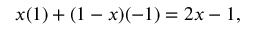
x ( 1 ) + ( 1 - x ) ( - 1 ) = 2 x - 1 ,